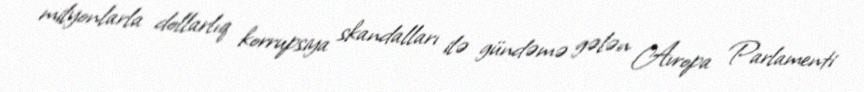
milyonlarla dollarlıq korrupsiya skandalları ilə gündəmə gələn Avropa Parlamenti